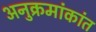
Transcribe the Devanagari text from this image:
अनुक्रमांकांत